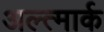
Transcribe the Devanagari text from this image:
अल्त्मार्क